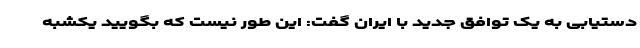
دستیابی به یک توافق جدید با ایران گفت: این طور نیست که بگویید یکشبه